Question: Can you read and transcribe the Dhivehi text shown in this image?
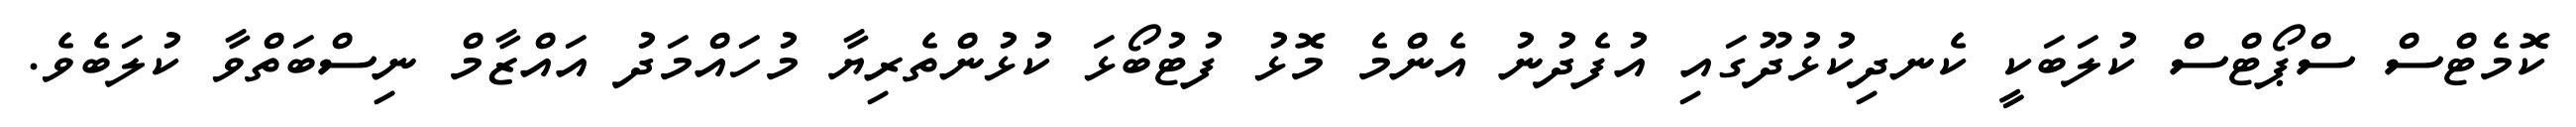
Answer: ކޮމެޓްސް ސްޕޯޓްސް ކުލަބަކީ ކެނދިކުޅުދޫގައި އުފެދުނު އެންމެ މޮޅު ފުޓުބޯޅަ ކުޅުންތެރިޔާ މުހައްމަދު އައްޒާމް ނިސްބަތްވާ ކުލަބެވެ.